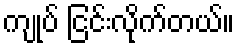
ကျုပ် ငြင်းလိုက်တယ်။